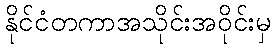
နိုင်ငံတကာအသိုင်းအဝိုင်းမှ